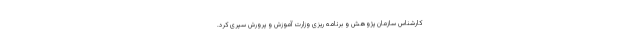
کارشناس سازمان پژوهش و برنامه ریزی وزارت آموزش و پرورش سپری کرد.